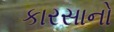
કારસાનો